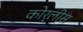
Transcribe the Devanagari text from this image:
कोर्लीस